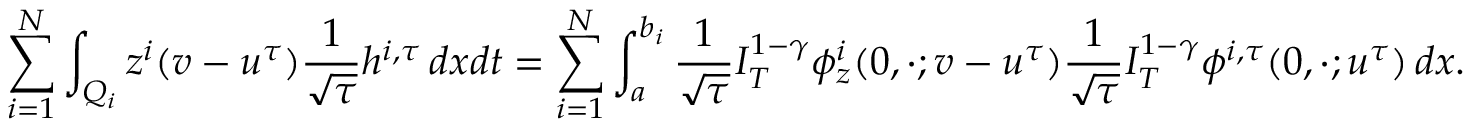
\sum _ { i = 1 } ^ { N } \int _ { Q _ { i } } z ^ { i } ( v - u ^ { \tau } ) \frac { 1 } { \sqrt { \tau } } h ^ { i , \tau } \, d x d t = \sum _ { i = 1 } ^ { N } \int _ { a } ^ { b _ { i } } \frac { 1 } { \sqrt { \tau } } I _ { T } ^ { 1 - \gamma } \phi _ { z } ^ { i } ( 0 , \cdot ; v - u ^ { \tau } ) \frac { 1 } { \sqrt { \tau } } I _ { T } ^ { 1 - \gamma } \phi ^ { i , \tau } ( 0 , \cdot ; u ^ { \tau } ) \, d x .